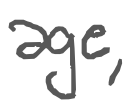
Text: age,
Cross-out: clean
Writing tool: digital_gray